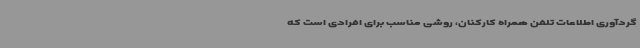
گردآوری اطلاعات تلفن همراه کارکنان، روشی مناسب برای افرادی است که